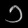
Digit: ၁